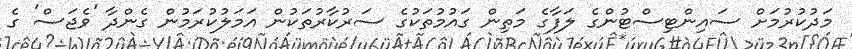
މަދުކުރުމަށް ސައިންޓިސްޓުންގެ ލަފާގެ މަތިން ގައުމުތަކުގެ ސަރުކާރުތަކުން އަމަލުކުރަމުން ގެންދާ 'ވެޖަސް' ގެ